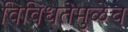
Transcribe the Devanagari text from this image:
विविधतेमुळेच